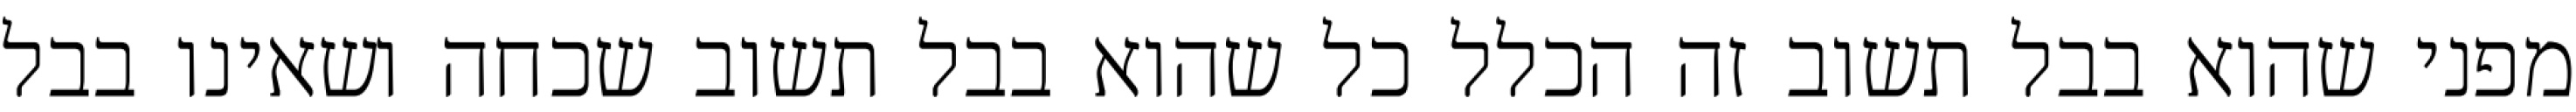
מפני שהוא בבל תשוב זה הכלל כל שהוא בבל תשוב שכחה ושאינו בבל